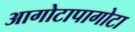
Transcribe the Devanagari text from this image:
आगोटापागोटा